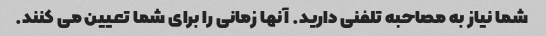
شما نیاز به مصاحبه تلفنی دارید. آنها زمانی را برای شما تعیین می کنند.